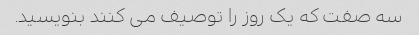
سه صفت که یک روز را توصیف می کنند بنویسید.